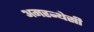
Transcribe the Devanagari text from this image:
अमरन्थेसी